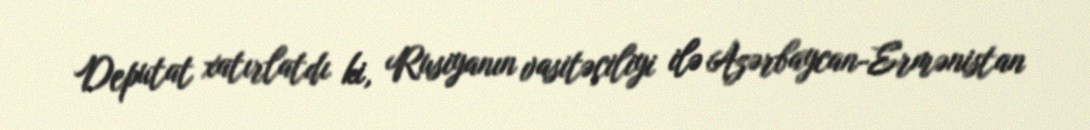
Deputat xatırlatdı ki, Rusiyanın vasitəçiliyi ilə Azərbaycan-Ermənistan